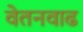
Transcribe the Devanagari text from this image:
वेतनवाढ